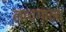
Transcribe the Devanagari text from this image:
नाचगाना